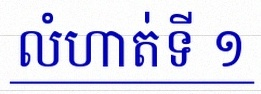
លំហាត់ទី ១